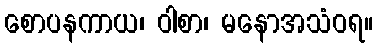
စောပနကာယ၊ ဝါစာ၊ မနောအသံဝရ။